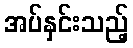
အပ်နှင်းသည့်